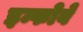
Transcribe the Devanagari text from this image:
इन्फोवे